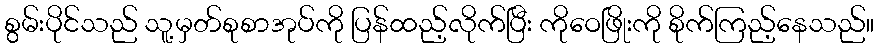
စွမ်းပိုင်သည် သူ့မှတ်စုစာအုပ်ကို ပြန်ထည့်လိုက်ပြီး ကိုဝေဖြိုးကို စိုက်ကြည့်နေသည်။